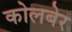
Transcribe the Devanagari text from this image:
कोलबेर